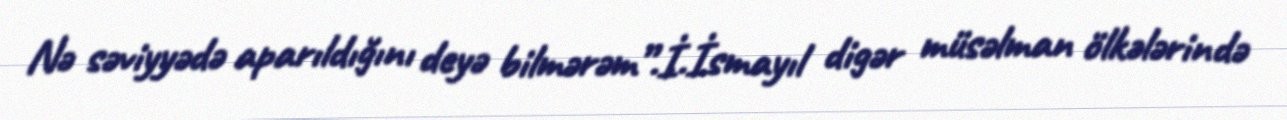
Nə səviyyədə aparıldığını deyə bilmərəm”.İ.İsmayıl digər müsəlman ölkələrində